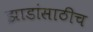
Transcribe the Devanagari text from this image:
झाडांसाठीच